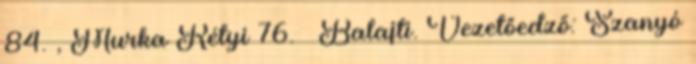
84. , Murka Rétyi 76. – Balajti. Vezetőedző: Szanyó